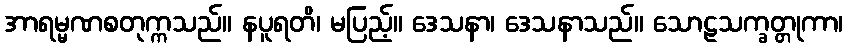
အာရမ္မဏစတုက္ကသည်။ နပူရတိ၊ မပြည့်။ ဒေသနာ၊ ဒေသနာသည်။ သောဠသက္ခတ္တုကာ၊